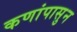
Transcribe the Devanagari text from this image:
कणांपासुन